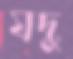
যদু